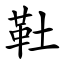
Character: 靯